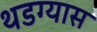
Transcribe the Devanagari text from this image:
थडग्यास